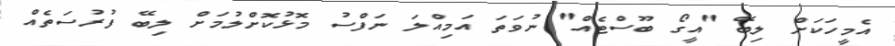
އެމީހަކަށް ލިބޭ "އީގޯ ބޫސްޓެއް" ނުވަތަ އަމިއްލަ ނަފްސު މޮޅުކޮށްލުމަށް ލިބޭ ފުރުސަތެއް